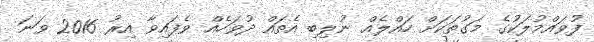
ފުވައްމުލަކުގެ މަގުތަކަށް ހައްލެއް ނުލިބި އެތައް ދުވަހެއް ވެފައިވާ އިރު 2016 ވަނަ